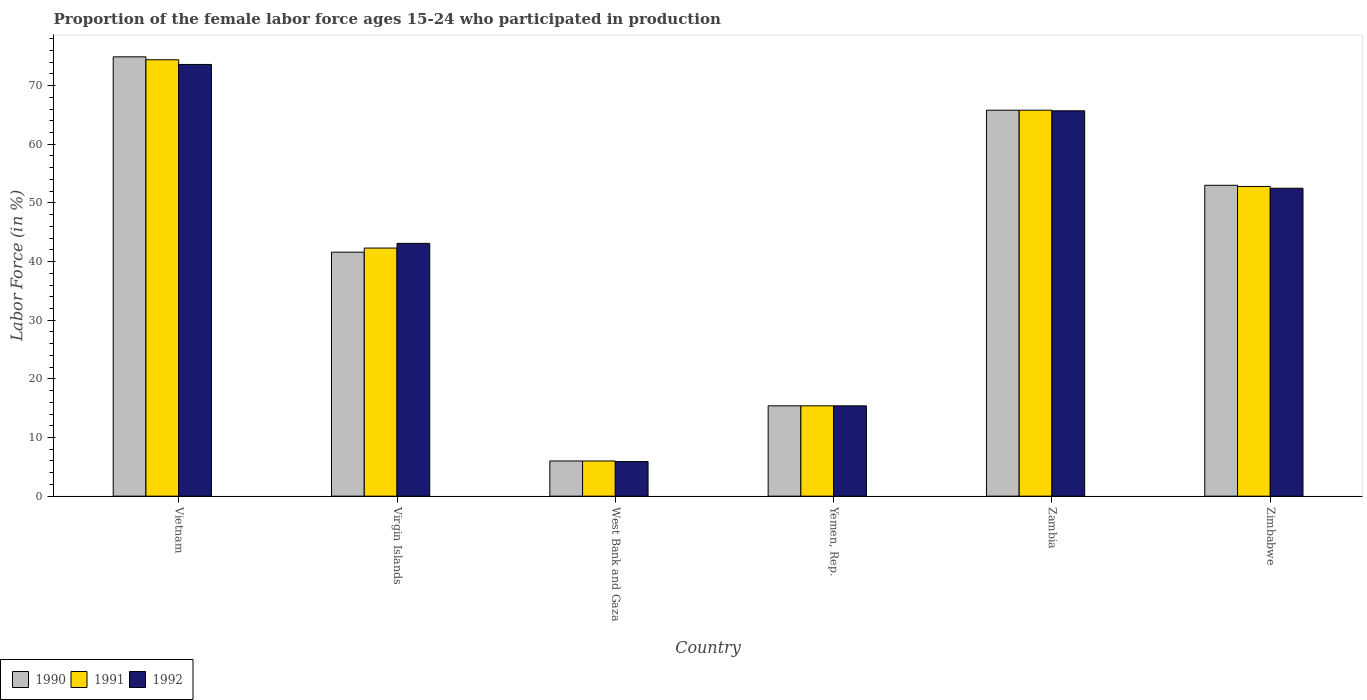
| Country | 1990 | 1991 | 1992 |
 | --- | --- | --- | --- |
 | Vietnam | 74.9 | 74.4 | 73.6 |
 | Virgin Islands | 41.6 | 42.3 | 43.1 |
 | West Bank and Gaza | 6 | 6 | 5.9 |
 | Yemen, Rep. | 15.4 | 15.4 | 15.4 |
 | Zambia | 65.8 | 65.8 | 65.7 |
 | Zimbabwe | 53 | 52.8 | 52.5 |